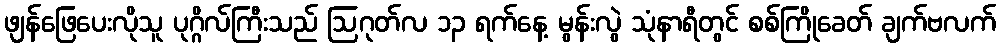
ဖျန်ဖြေပေးလိုသူ ပုဂ္ဂိလ်ကြီးသည် ဩဂုတ်လ ၁၃ ရက်နေ့ မွန်းလွဲ သုံနာရီတွင် စစ်ကြိုခေတ် ချက်ဗလက်